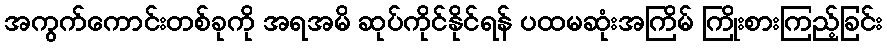
အကွက်ကောင်းတစ်ခုကို အရအမိ ဆုပ်ကိုင်နိုင်ရန် ပထမဆုံးအကြိမ် ကြိုးစားကြည့်ခြင်း